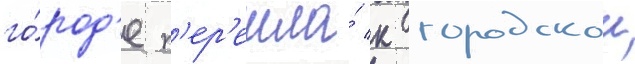
го́род'е п'ер'ешла́ к городскои